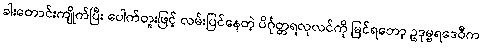
ခါးတောင်းကျိုက်ပြီး ပေါက်တူးဖြင့် လမ်းပြင်နေတဲ့ ပိင်္ဂုတ္တရလုလင်ကို မြင်ရတော့ ဥဒုမ္ဗရဒေဝီက